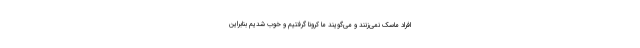
افراد ماسک نمی‌زنند و می‌گویند ما کرونا گرفتیم و خوب شدیم بنابراین